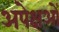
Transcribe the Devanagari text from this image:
अपेक्षओं